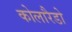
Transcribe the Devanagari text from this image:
कोलारैडो